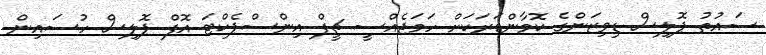
ސައުތު ޕޮލިސް ޑިވިޒަންގެ ކޮމާންޑަރަކަށް ހަމަޖެއްސީ ޗީފް އިންސްޕެކްޓަ އޮފް ޕޮލިސް ހުސައިން